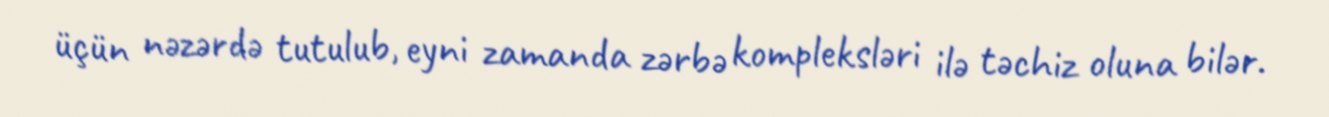
üçün nəzərdə tutulub, eyni zamanda zərbə kompleksləri ilə təchiz oluna bilər.